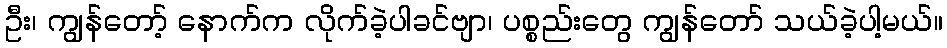
ဦး၊ ကျွန်တော့် နောက်က လိုက်ခဲ့ပါခင်ဗျာ၊ ပစ္စည်းတွေ ကျွန်တော် သယ်ခဲ့ပါ့မယ်။